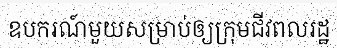
ឧបករណ៍មួយសម្រាប់ឲ្យក្រុមជីវពលរដ្ឋ